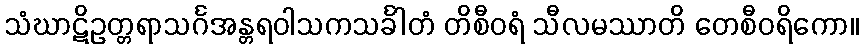
သံဃာဋိဥတ္တရာသင်္ဂအန္တရဝါသကသင်္ခါတံ တိစီဝရံ သီလမဿာတိ တေစီဝရိကော။